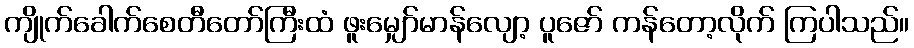
ကျိုက်ခေါက်စေတီတော်ကြီးထံ ဖူးမျှော်မာန်လျော့ ပူဇော် ကန်တော့လိုက် ကြပါသည်။